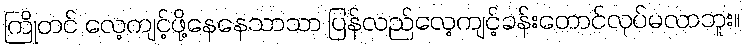
ကြိုတင် လေ့ကျင့်ဖို့နေနေသာသာ ပြန်လည်လေ့ကျင့်ခန်းတောင်လုပ်မလာဘူး။